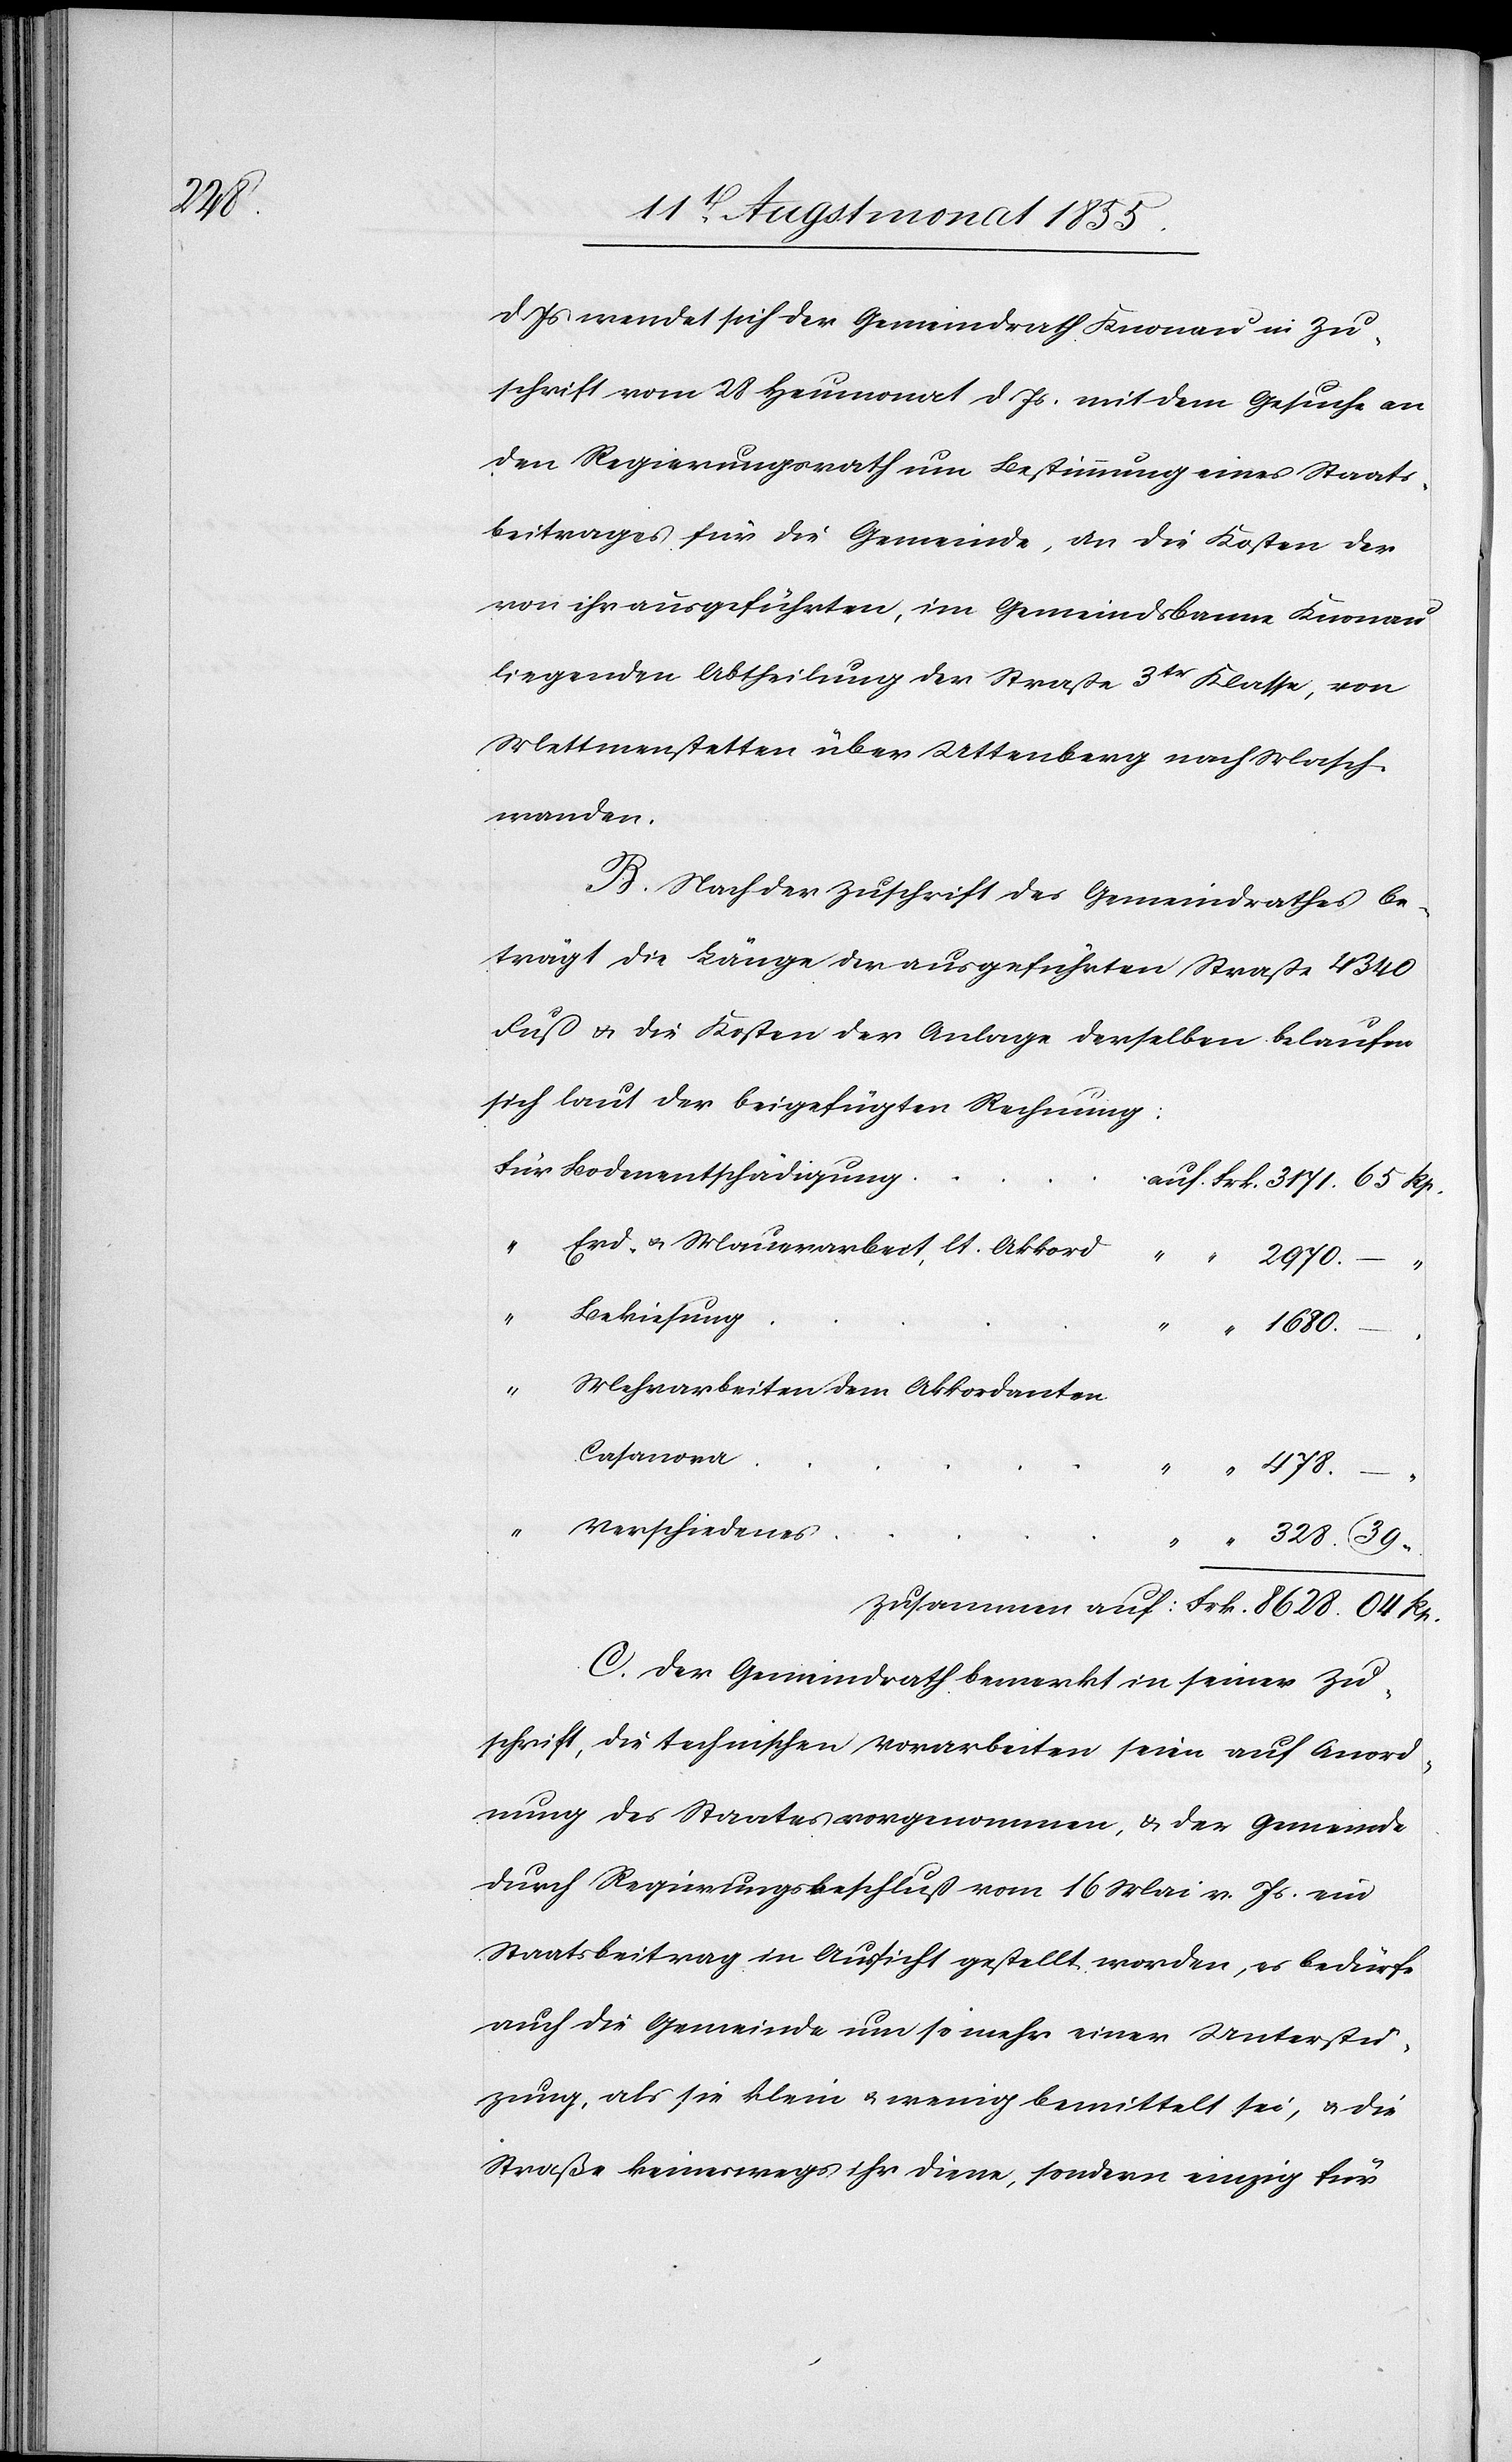
Rp.

d. Js wendet sich der Gemeindrath Knonau in Zu¬
schrift vom 28 Heumonat d. Js. mit dem Gesuche an
den Regierungsrath um Bestimmung eines Staats¬
beitrages für die Gemeinde, an die Kosten der
von ihr ausgeführten, im Gemeindsbanne Knonau
liegenden Abtheilung der Straße 3tr Klasse, von
Mettmenstetten über Uttenberg nach Masch¬
wanden.
B. Nach der Zuschrift des Gemeindrathes be¬
trägt die Länge der ausgeführten Straße 4340
Fuß & die Kosten der Anlage derselben belaufen
sich laut der beigefügten Rechnung:
Für Bodenentschädigung
auf Frk. 3171. 65 Rp.
–
“
Bekiesung
“
8628.
“
Mehrarbeiten dem Akkordanten
Casanova
478.
Frk.
Verschiedenes
“ “
328. 39
C. Der Gemeindrath bemerkt in seiner Zu¬
schrift, die technischen Vorarbeiten seien auf Anord¬
nung des Staates vorgenommen, & der Gemeinde
durch Regierungsbeschluß vom 16 Mai v. Js. ein
Staatsbeitrag in Aussicht gestellt worden, es bedürfe
auch die Gemeinde um so mehr einer Unterstü¬
zung, als sie klein & wenig bemittelt sei, & die
Straße keineswegs ihr diene, sondern einzig für